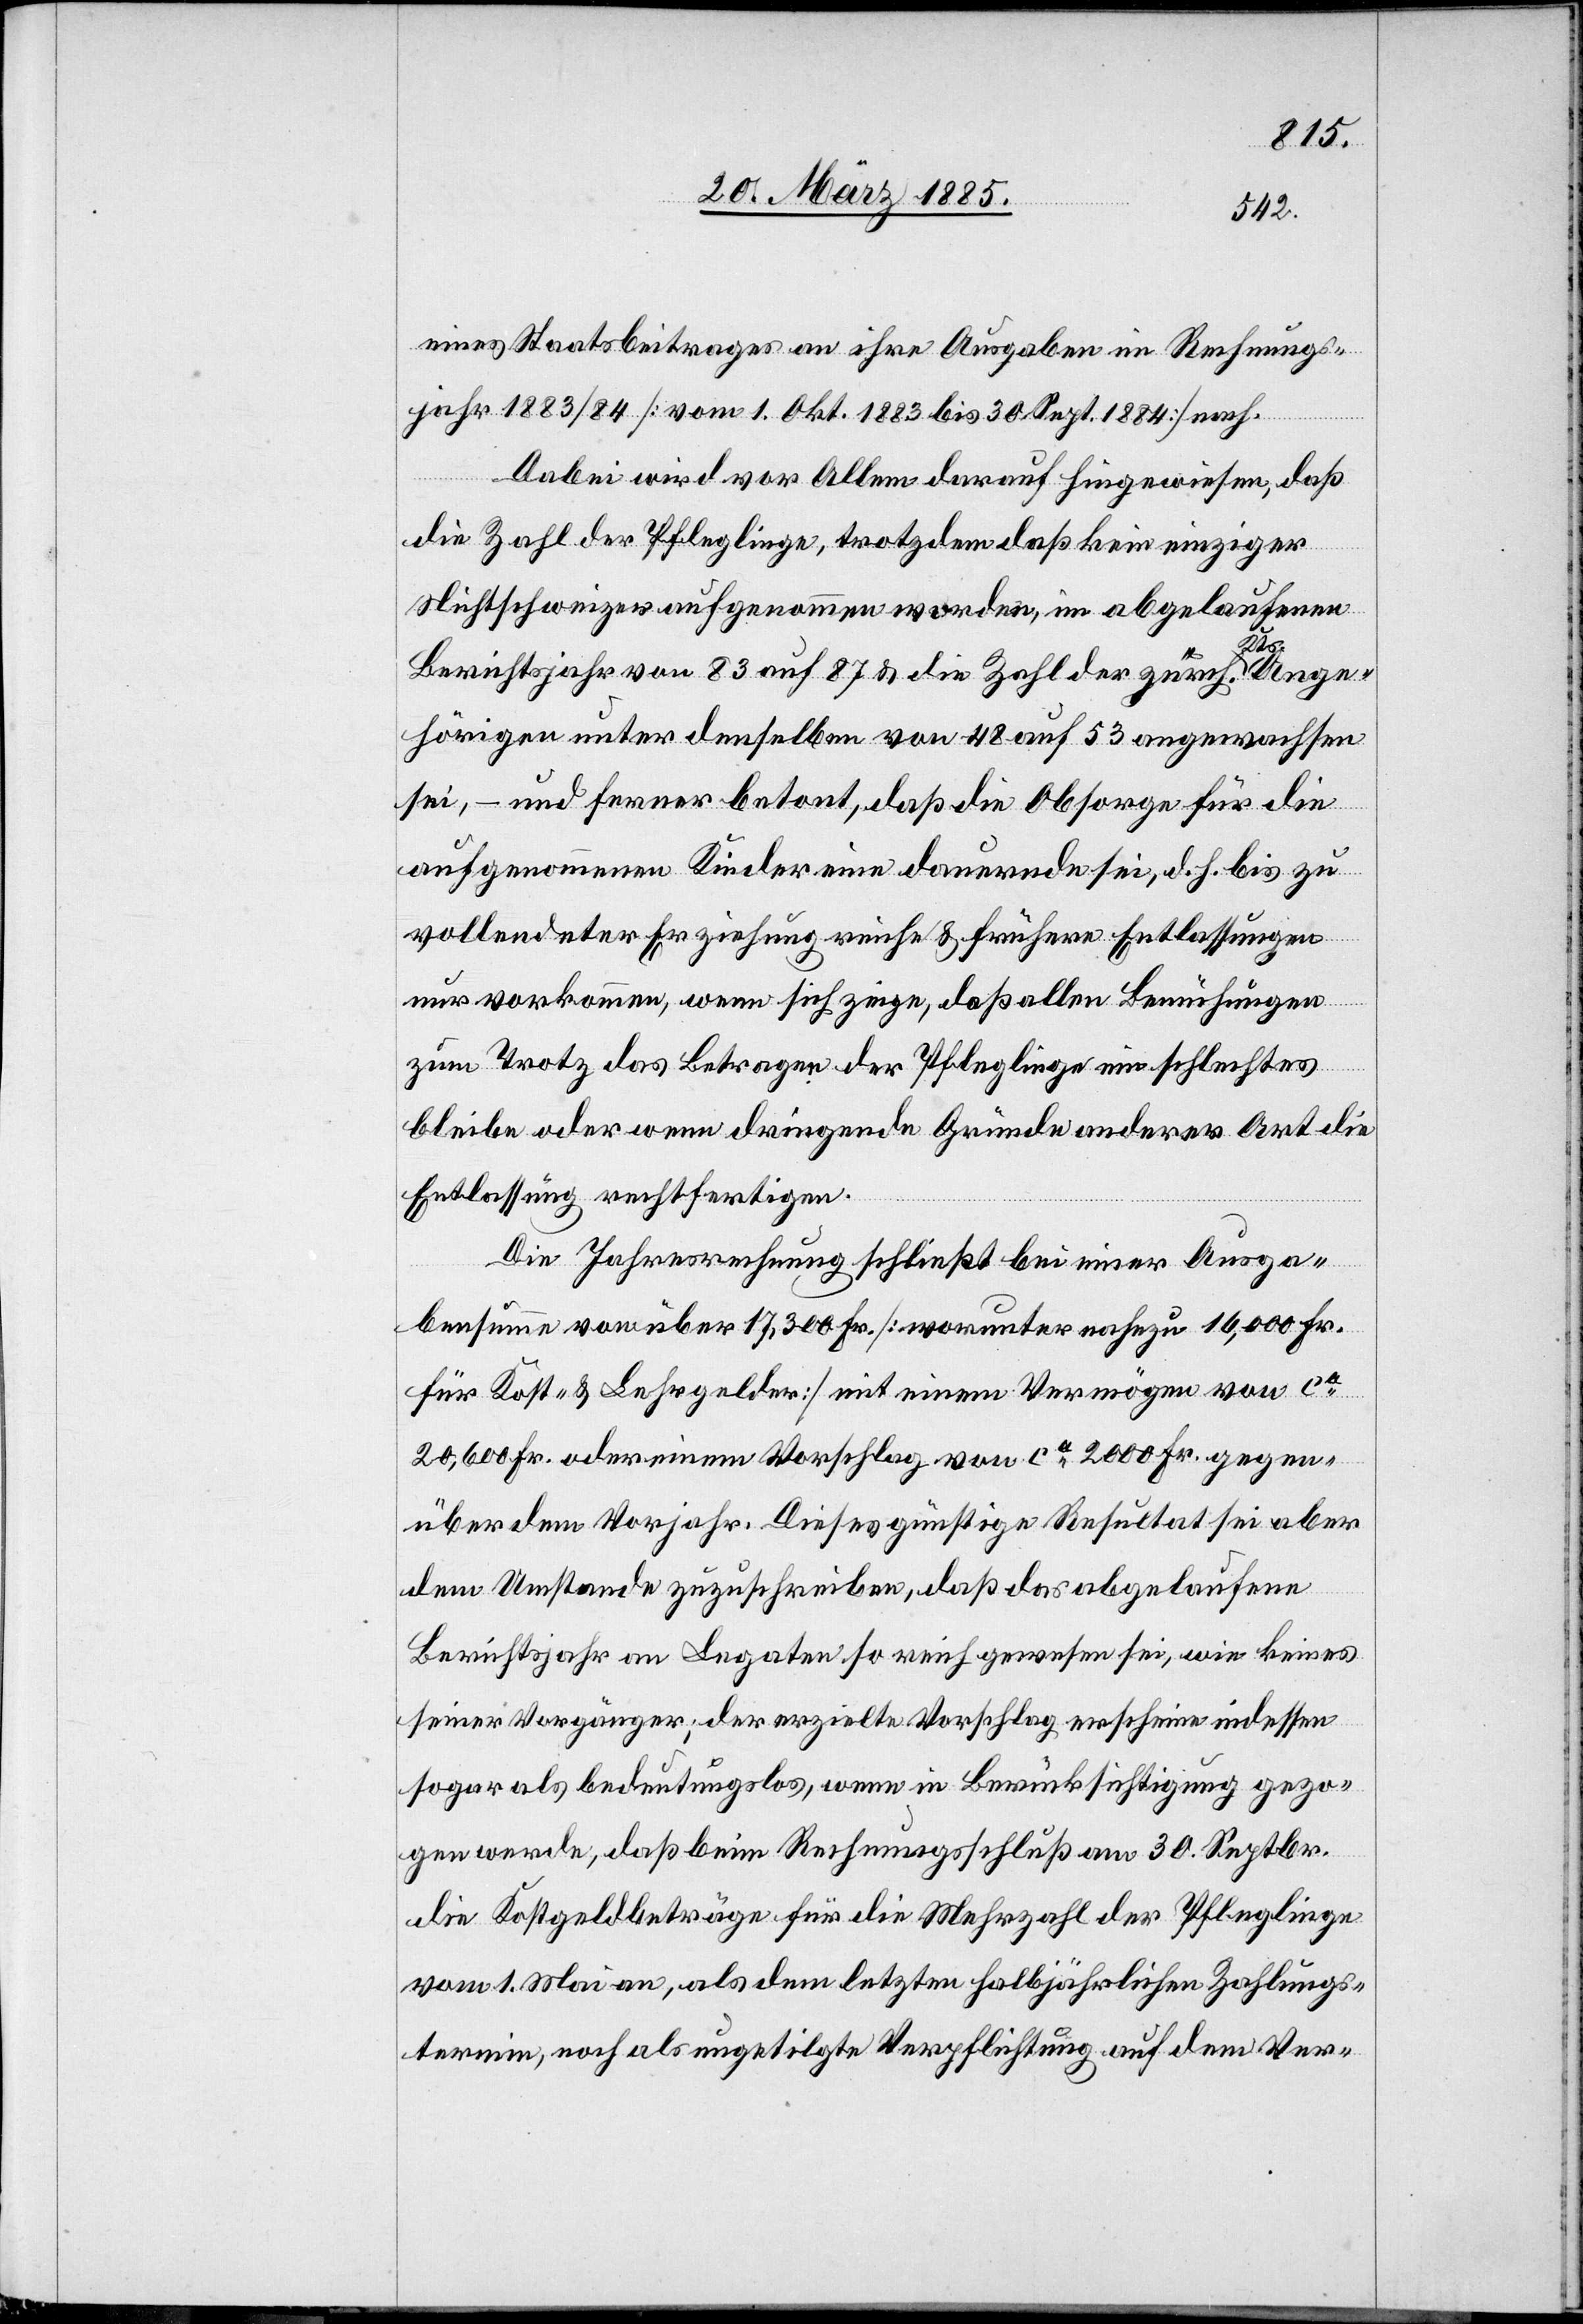
eines Staatsbeitrages an ihre Ausgaben im Rechnungs¬
jahr 1883/84 [vom 1. Okt. 1883 bis 30. Sept. 1884] nach.
Dabei wird vor Allem darauf hingewiesen, daß
die Zahl der Pfleglinge, trotzdem daß kein einziger
Nichtschweizer aufgenommen worden, im abgelaufenen
Ange¬
Berichtsjahr von 83 auf 87 & die Zahl der zürch. a-Kts.-a
hörigen unter denselben von 48 auf 53 angewachsen
sei, – und ferner betont, daß die Obsorge für die
aufgenommenen Kinder eine dauernde sei, d. h. bis zu
vollendeter Erziehung reiche & frühere Entlassungen
nur vorkommen, wenn sich zeige, daß allen Bemühungen
zum Trotz das Betragen der Pfleglinge ein schlechtes
bleibe oder wenn dringende Gründe anderer Art die
Entlassung rechtfertigen.
Die Jahresrechnung schließt bei einer Ausga¬
bensumme von über 17,300 Fr. [worunter nahezu 16,000 Fr.
für Kost- & Lehrgelder] mit einem Vermögen von ca
20,600 Fr. oder einem Vorschlag von ca 2000 Fr. gegen¬
über dem Vorjahr. Dieses günstige Resultat sei aber
dem Umstande zuzuschreiben, daß das abgelaufene
Berichtsjahr an Legaten so reich gewesen sei, wie keines
seiner Vorgänger; der erzielte Vorschlag erscheine indessen
sogar als bedeutungslos, wenn in Berücksichtigung gezo¬
gen werde, daß beim Rechnungsschluß am 30. Septbr.
die Kostgeldbeträge für die Mehrzahl der Pfleglinge
vom 1. Mai an, als dem letzen halbjährlichen Zahlungs¬
termin, noch als ungetilgte Verpflichtung auf dem Ver-